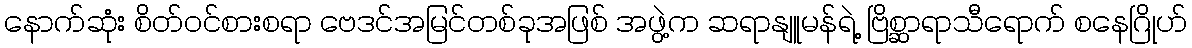
နောက်ဆုံး စိတ်ဝင်စားစရာ ဗေဒင်အမြင်တစ်ခုအဖြစ် အဖွဲ့က ဆရာနျူမန်ရဲ့ ဗြိစ္ဆာရာသီရောက် စနေဂြိုဟ်